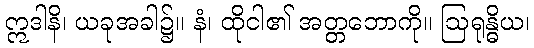
ဣဒါနိ၊ ယခုအခါ၌။ နံ၊ ထိုငါ၏ အတ္တဘောကို။ ဩရုန္ဓိယ၊